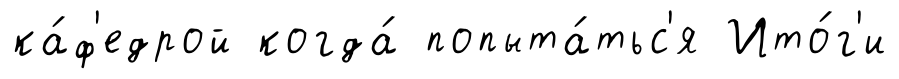
ка́ф'едрой когда́ попыта́тьс'я Ито́г'и